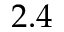
2 . 4